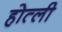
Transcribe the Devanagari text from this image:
होत्ली